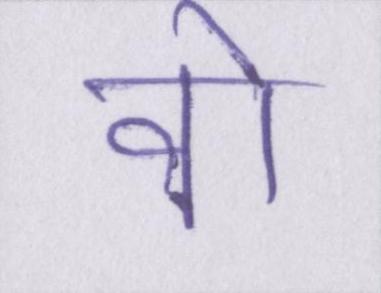
वो